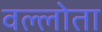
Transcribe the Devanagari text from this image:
वल्लोता